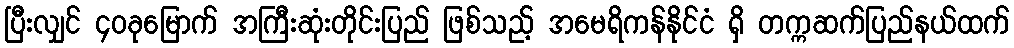
ပြီးလျှင် ၄၀ခုမြောက် အကြီးဆုံးတိုင်းပြည် ဖြစ်သည့် အမေရိကန်နိုင်ငံ ရှိ တက္ကဆက်ပြည်နယ်ထက်